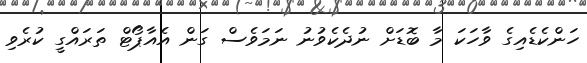
ހަންކެޑެއިގެ ވާހަކަ މާ ބޮޑަށް ނުދެކެވުނު ނަމަވެސް ގަން އެއާޕޯޓް ތަރައްގީ ކުރެވި